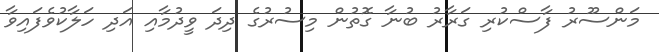
މަންސޫރު ފާސްކުރި ގަރާރު ބުނާ ގޮތުން މިސުރުގެ ދިދަ ވީދުމާއި އަދި ހަލާކުވެފައިވާ